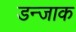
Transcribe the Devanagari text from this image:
डन्जाक